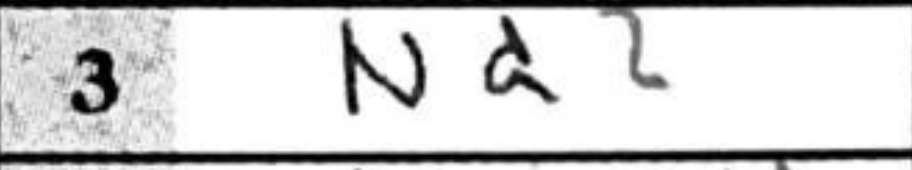
Transcription: Nd2